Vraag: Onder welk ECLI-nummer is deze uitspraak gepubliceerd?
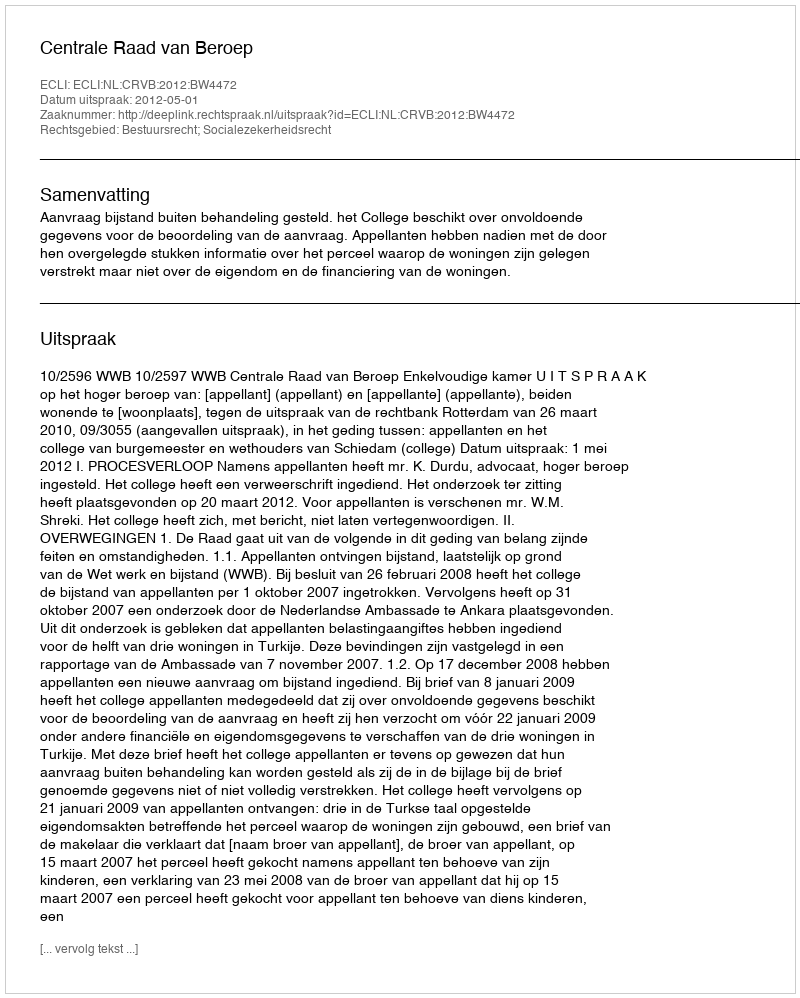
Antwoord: ECLI:NL:CRVB:2012:BW4472